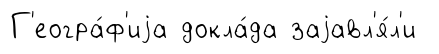
Г'еогра́ф'иjа докла́да заjавл'я́л'и